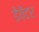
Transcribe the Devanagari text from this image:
डेवेंटर